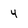
Character: 4